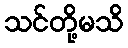
သင်တို့မသိ